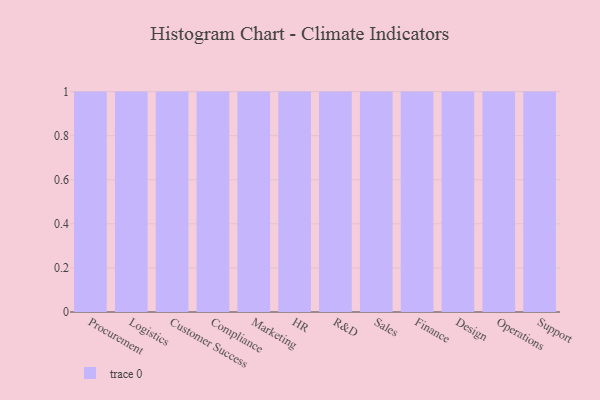
{"axis": {"x": "Department", "y": "Temperature (°C)"}, "legend": [""], "data": [{"x": "Procurement", "y": 40, "type": ""}, {"x": "Logistics", "y": 58, "type": ""}, {"x": "Customer Success", "y": 88, "type": ""}, {"x": "Compliance", "y": 48, "type": ""}, {"x": "Marketing", "y": 5, "type": ""}, {"x": "HR", "y": 68, "type": ""}, {"x": "R&D", "y": 1, "type": ""}, {"x": "Sales", "y": 47, "type": ""}, {"x": "Finance", "y": 54, "type": ""}, {"x": "Design", "y": 68, "type": ""}, {"x": "Operations", "y": 48, "type": ""}, {"x": "Support", "y": 84, "type": ""}]}